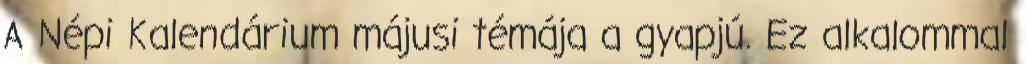
A Népi Kalendárium májusi témája a gyapjú. Ez alkalommal